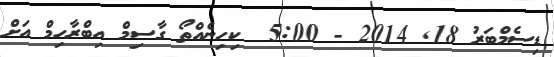
ޑިސެމްބަރު 18